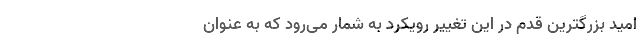
امید بزرگترین قدم در این تغییر رویکرد به شمار می‌رود که به عنوان